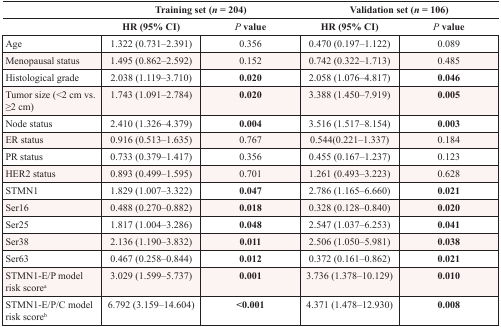
<table><thead><tr><td></td><td colspan="2"><b>Training set (<i>n</i> = 204)</b></td><td colspan="2"><b>Validation set (<i>n</i> = 106)</b></td></tr><tr><td></td><td><b>HR (95% CI)</b></td><td><b><i>P</i> value</b></td><td><b>HR (95% CI)</b></td><td><b><i>P</i> value</b></td></tr></thead><tbody><tr><td>Age</td><td>1.322 (0.731–2.391)</td><td>0.356</td><td>0.470 (0.197–1.122)</td><td>0.089</td></tr><tr><td>Menopausal status</td><td>1.495 (0.862–2.592)</td><td>0.152</td><td>0.742 (0.322–1.713)</td><td>0.485</td></tr><tr><td>Histological grade</td><td>2.038 (1.119–3.710)</td><td><b>0.020</b></td><td>2.058 (1.076–4.817)</td><td><b>0.046</b></td></tr><tr><td>Tumor size (&lt;2 cm vs. ≥2 cm)</td><td>1.743 (1.091–2.784)</td><td><b>0.020</b></td><td>3.388 (1.450–7.919)</td><td><b>0.005</b></td></tr><tr><td>Node status</td><td>2.410 (1.326–4.379)</td><td><b>0.004</b></td><td>3.516 (1.517–8.154)</td><td><b>0.003</b></td></tr><tr><td>ER status</td><td>0.916 (0.513–1.635)</td><td>0.767</td><td>0.544(0.221–1.337)</td><td>0.184</td></tr><tr><td>PR status</td><td>0.733 (0.379–1.417)</td><td>0.356</td><td>0.455 (0.167–1.237)</td><td>0.123</td></tr><tr><td>HER2 status</td><td>0.893 (0.499–1.595)</td><td>0.701</td><td>1.261 (0.493–3.223)</td><td>0.628</td></tr><tr><td>STMN1</td><td>1.829 (1.007–3.322)</td><td><b>0.047</b></td><td>2.786 (1.165–6.660)</td><td><b>0.021</b></td></tr><tr><td>Ser16</td><td>0.488 (0.270–0.882)</td><td><b>0.018</b></td><td>0.328 (0.128–0.840)</td><td><b>0.020</b></td></tr><tr><td>Ser25</td><td>1.817 (1.004–3.286)</td><td><b>0.048</b></td><td>2.547 (1.037–6.253)</td><td><b>0.041</b></td></tr><tr><td>Ser38</td><td>2.136 (1.190–3.832)</td><td><b>0.011</b></td><td>2.506 (1.050–5.981)</td><td><b>0.038</b></td></tr><tr><td>Ser63</td><td>0.467 (0.258–0.844)</td><td><b>0.012</b></td><td>0.372 (0.161–0.862)</td><td><b>0.021</b></td></tr><tr><td>STMN1-E/P model risk score<sup>a</sup></td><td>3.029 (1.599–5.737)</td><td><b>0.001</b></td><td>3.736 (1.378–10.129)</td><td><b>0.010</b></td></tr><tr><td>STMN1-E/P/C model risk score<sup>b</sup></td><td>6.792 (3.159–14.604)</td><td><b>&lt;0.001</b></td><td>4.371 (1.478–12.930)</td><td><b>0.008</b></td></tr></tbody></table>